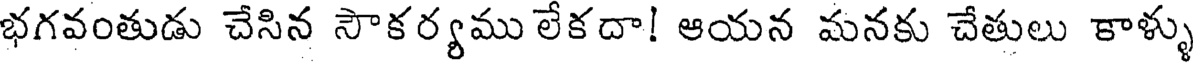
భగవంతుడు చేసిన సౌకర్యము లేకదా! ఆయన మనకు చేతులు కాళ్ళు